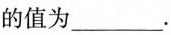
的值为___.